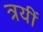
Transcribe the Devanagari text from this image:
त्रयीं